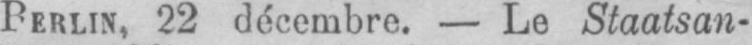
BERLIN, 22 décembre. - Le Staatsan-